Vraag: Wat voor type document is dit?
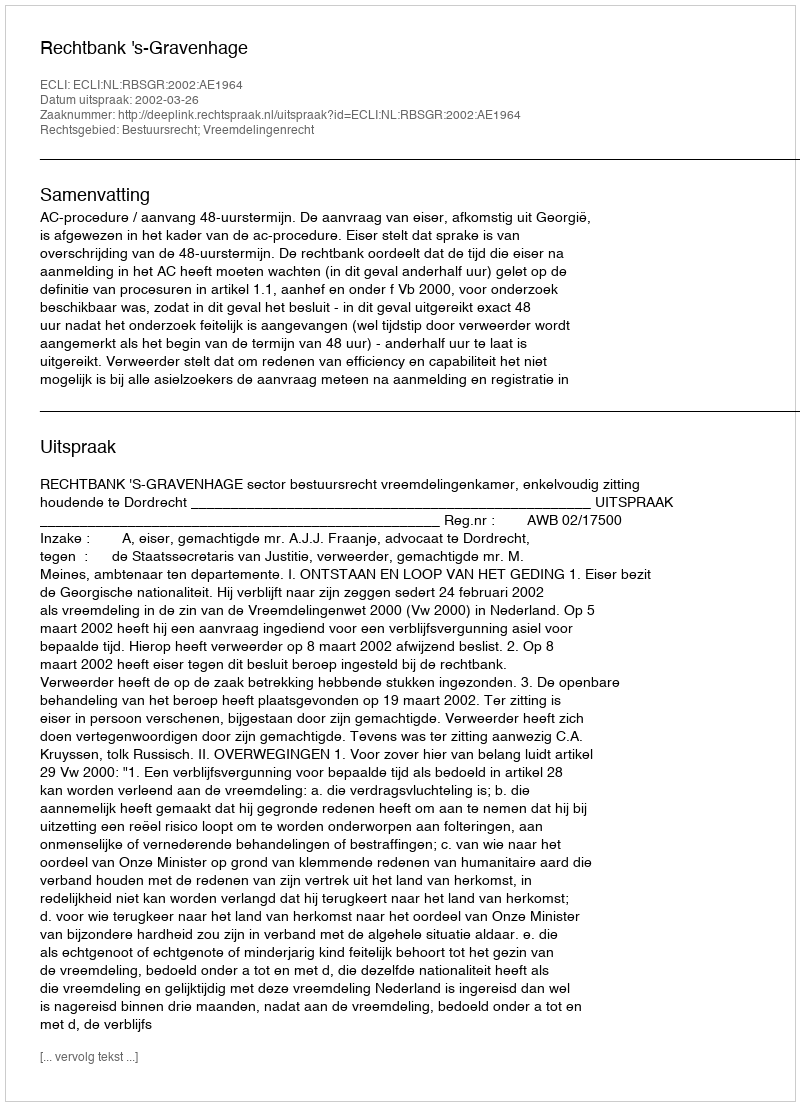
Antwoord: Uitspraak